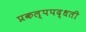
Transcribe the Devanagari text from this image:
प्रकल्पपद्धती